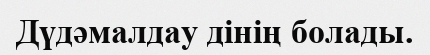
Дүдәмалдау дінің болады.